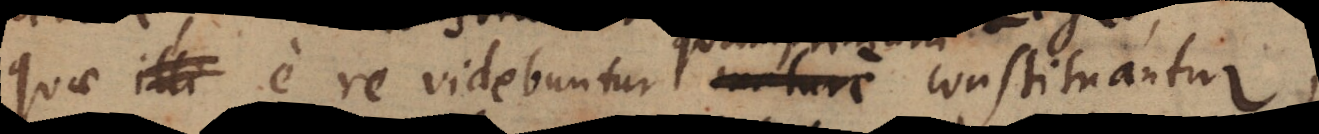
quae illi e re videbuntur _ constituantur,